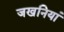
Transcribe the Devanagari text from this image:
जखनियां